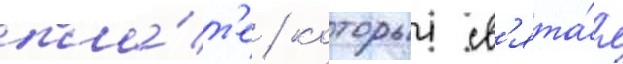
пла́т'е / которыи св'ята́я